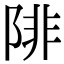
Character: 陫